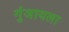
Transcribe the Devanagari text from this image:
गुंजायला